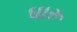
ઘારૂ